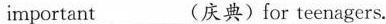
important___(庆典)for teenagers.